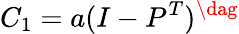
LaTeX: C_{1}=a(I-P^{T})^{\dag}